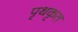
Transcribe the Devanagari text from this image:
पृथकृत